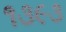
૧૩૯૩